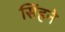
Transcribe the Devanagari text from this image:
सिंहने